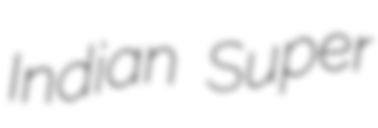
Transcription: Indian Super